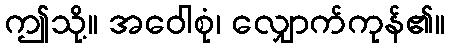
ဤသို့။ အဝေါစုံ၊ လျှောက်ကုန်၏။